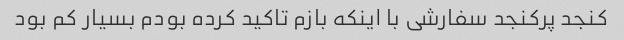
کنجد پرکنجد سفارشی با اینکه بازم تاکید کرده بودم بسیار کم بود